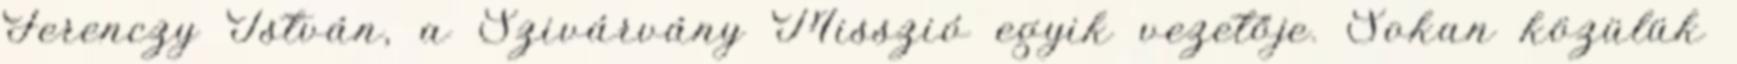
Ferenczy István, a Szivárvány Misszió egyik vezetője. Sokan közülük